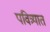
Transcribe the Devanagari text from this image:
पवित्र्यात